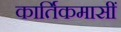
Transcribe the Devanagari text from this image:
कार्तिकमासीं